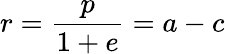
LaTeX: r=\frac{p}{1+e}=a-c